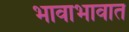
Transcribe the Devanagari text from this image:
भावाभावात